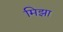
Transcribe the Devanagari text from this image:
मिझा